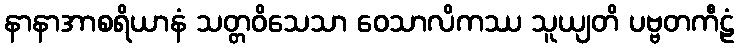
နာနာအာစရိယာနံ သတ္တဝိသေသာ ဝေသာလိကဿ သူယျတိ ပဗ္ဗတကီဠံ